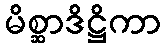
မိစ္ဆာဒိဋ္ဌိကာ